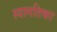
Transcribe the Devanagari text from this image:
स्वागतिका